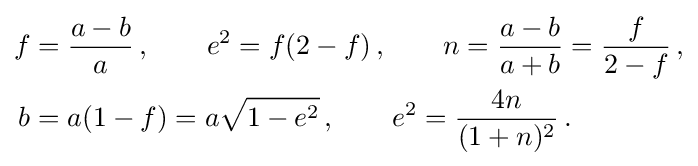
{\begin{aligned}f&={\frac {a-b}{a}}\,,\qquad e^{2}=f(2-f)\,,\qquad n={\frac {a-b}{a+b}}={\frac {f}{2-f}}\,,\\b&=a(1-f)=a{\sqrt {1-e^{2}}}\,,\qquad e^{2}={\frac {4n}{(1+n)^{2}}}\,.\end{aligned}}